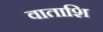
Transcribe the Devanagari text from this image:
वाताशि